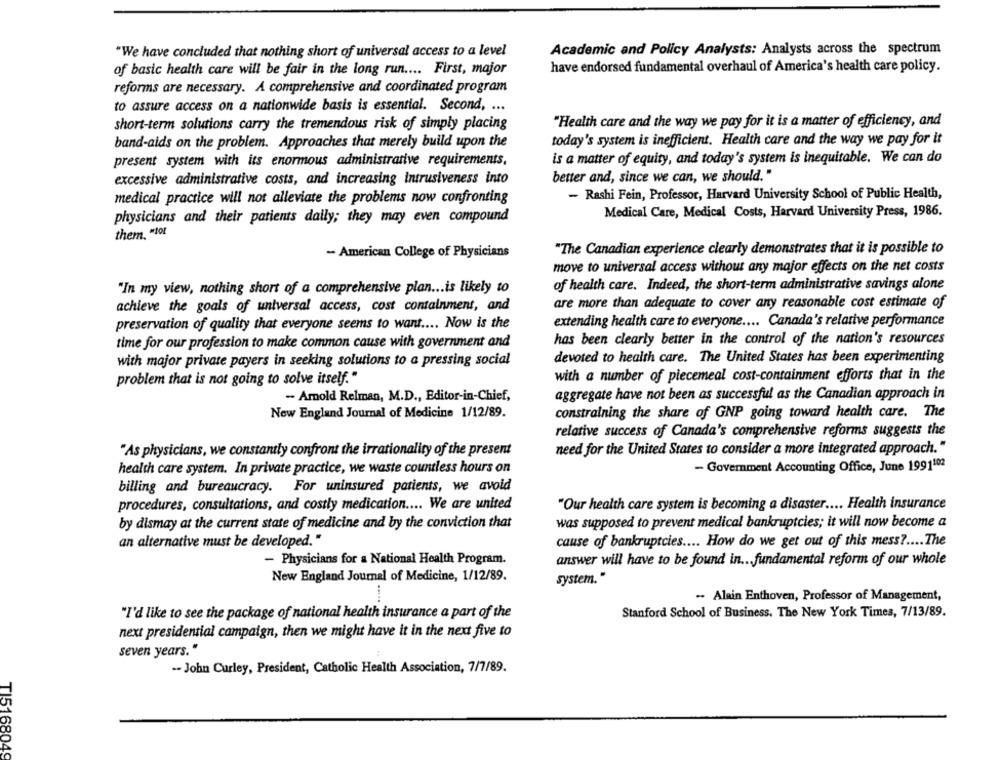
"We have concluded that nothing short of universal access to a level
Academic and Policy Analysts: Analysts across the spectrum
have endorsed fundamental overhaul of America's health care policy.
of basic health care will be fair in the long run .... First, major
reforms are necessary. A comprehensive and coordinated program
to assure access on a nationwide basis is essential. Second, ...
short-term solutions carry the tremendous risk of simply placing
"Health care and the way we pay for it is a matter of efficiency, and
band-aids on the problem. Approaches that merely build upon the
today's system is inefficient. Health care and the way we pay for it
is a matter of equity, and today's system is inequitable. We can do
present system with its enormous administrative requirements.
excessive administrative costs, and increasing intrusiveness into
better and, since we can, we should."
- Rashi Fein, Professor, Harvard University School of Public Health,
medical practice will not alleviate the problems now confronting
Medical Care, Medical Costs, Harvard University Press, 1986.
physicians and their patients daily; they may even compound
them. "for
"The Canadian experience clearly demonstrates that it is possible to
- American College of Physicians
move to universal access without any major effects on the net costs
"In my view, nothing short of a comprehensive plan ... is likely to
of health care. Indeed, the short-term administrative savings alone
are more than adequate to cover any reasonable cost estimate of
achieve the goals of universal access, cost containment, and
preservation of quality that everyone seems to want .... Now is the
extending health care to everyone .... Canada's relative performance
has been clearly better in the control of the nation's resources
time for our profession to make common cause with government and
with major private payers in seeking solutions to a pressing social
devoted to health care. The United States has been experimenting
problem that is not going to solve itself."
with a number of piecemeal cost-containment efforts that in the
aggregate have not been as successful as the Canadian approach in
- Amold Relman, M.D ., Editor-in-Chief,
New England Journal of Medicine 1/12/89.
constraining the share of GNP going toward health care. The
relative success of Canada's comprehensive reforms suggests the
"As physicians, we constantly confront the irrationality of the present
need for the United States to consider a more integrated approach."
health care system. In private practice, we waste countless hours on
- Government Accounting Office, June 19911.02
billing and bureaucracy. For uninsured patients, we avoid
procedures, consultations, and costly medication .... We are united
"Our health care system is becoming a disaster .... Health insurance
by dismay at the current state of medicine and by the conviction that
was supposed to prevent medical bankruptcies; it will now become a
an alternative must be developed."
cause of bankruptcies .... How do we get out of this mess ?.... The
- Physicians for a National Health Program.
answer will have to be found in ... fundamental reform of our whole
New England Journal of Medicine, 1/12/89.
system."
....
-. Alain Enthoven, Professor of Management,
"I'd like to see the package of national health insurance a part of the
Stanford School of Business. The New York Times, 7/13/89.
next presidential campaign, then we might have it in the next five to
seven years."
-- John Curley, President, Catholic Health Association, 7/7/89.
TI5168049